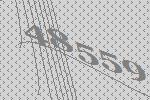
48559